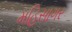
મહિસાગર